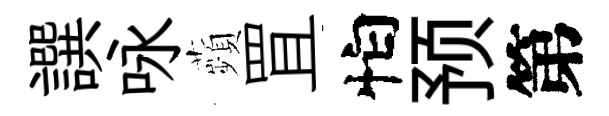
譔咏蘋罝怕预第